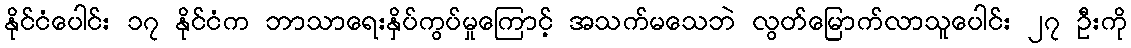
နိုင်ငံပေါင်း ၁၇ နိုင်ငံက ဘာသာရေးနှိပ်ကွပ်မှုကြောင့် အသက်မသေဘဲ လွတ်မြောက်လာသူပေါင်း ၂၇ ဦးကို